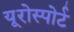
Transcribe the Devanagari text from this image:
यूरोस्पोर्ट